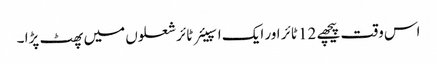
اس وقت پیچھے 12 ٹائر اور ایک اسپیئر ٹائر شعلوں میں پھٹ پڑا ۔